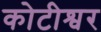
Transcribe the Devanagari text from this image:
कोटीश्वर